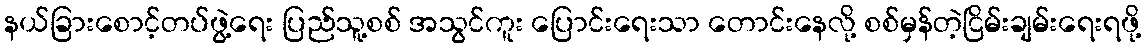
နယ်ခြားစောင့်တပ်ဖွဲ့ရေး ပြည်သူ့စစ် အသွင်ကူး ပြောင်းရေးသာ တောင်းနေလို့ စစ်မှန်တဲ့ငြိမ်းချမ်းရေးရဖို့